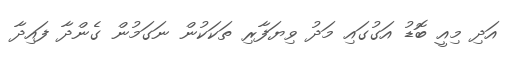
އަދި މިއީ ބޮޑު އަގުގައި މަދު ވިޔަފާރި ތަކަކުން ނަގަމުން ގެންދާ ފައިދާ